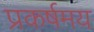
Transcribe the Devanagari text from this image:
प्रकर्षमय